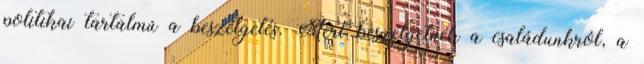
politikai tartalmú a beszélgetés. Mert beszélgetnék a családunkról, a